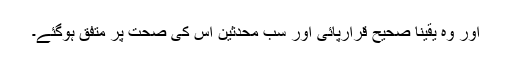
اور وہ یقیناً صحیح قرارپائی اور سب محدثین اس کی صحت پر متفق ہوگئے۔